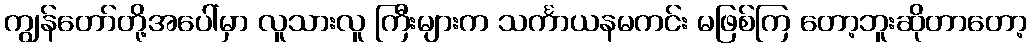
ကျွန်တော်တို့အပေါ်မှာ လူသားလူ ကြီးများက သင်္ကာယနမကင်း မဖြစ်ကြ တော့ဘူးဆိုတာတော့